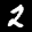
Label: 2